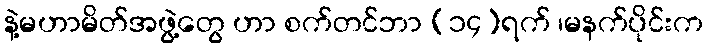
နဲ့မဟာမိတ်အဖွဲ့တွေ ဟာ စက်တင်ဘာ (၁၄)ရက် ၊မနက်ပိုင်းက